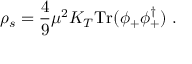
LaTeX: \rho _ { s } = \frac 4 9 \mu ^ { 2 } K _ { T } \mathrm { T r } ( \phi _ { + } \phi _ { + } ^ { \dagger } ) \ .